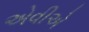
એવીએ